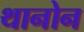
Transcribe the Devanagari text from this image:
थानोन